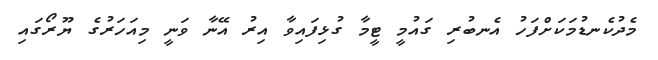
މެދުކެނޑުމަކަށްފަހު އެނބުރި ގައުމީ ޓީމާ ގުޅިފައިވާ އިރު އޭނާ ވަނީ މިއަހަރުގެ ޔޫރޯގައި